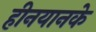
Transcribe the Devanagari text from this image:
हीनयानके